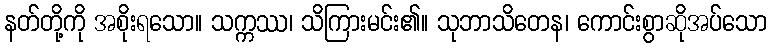
နတ်တို့ကို အစိုးရသော။ သက္ကဿ၊ သိကြားမင်း၏။ သုဘာသိတေန၊ ကောင်းစွာဆိုအပ်သော